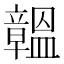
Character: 𥫊